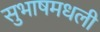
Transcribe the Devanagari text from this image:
सुभाषमधली